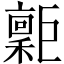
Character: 𢀮